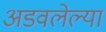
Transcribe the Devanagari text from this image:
अडवलेल्या